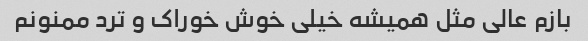
بازم عالی مثل همیشه خیلی خوش خوراک و ترد ممنونم